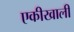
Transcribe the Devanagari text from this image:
एकीखाली